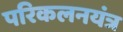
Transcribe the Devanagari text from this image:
परिकलनयंत्र